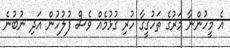
އެ މީހުންނާ މަރުގެ ތަހުގީގާ ހުރި ގުޅުމެއް ވެސް ފުލުހުން އަދި ނުބުނެ